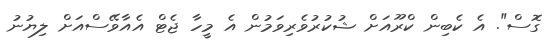
ގޮސް". އެ ކެބިން ކްރޫއަށް ޝުކުރުވެރިވަމުން އެ މީހާ ޖެޓް އެއާވޭސްއަށް ލިޔުނު